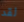
لقد